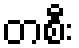
တစီး